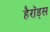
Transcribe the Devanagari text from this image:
हैरॉड्स